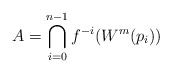
\begin{align*} A= \bigcap\limits_{i=0}^{n-1} f^{-i}(W^m(p_i))\end{align*}